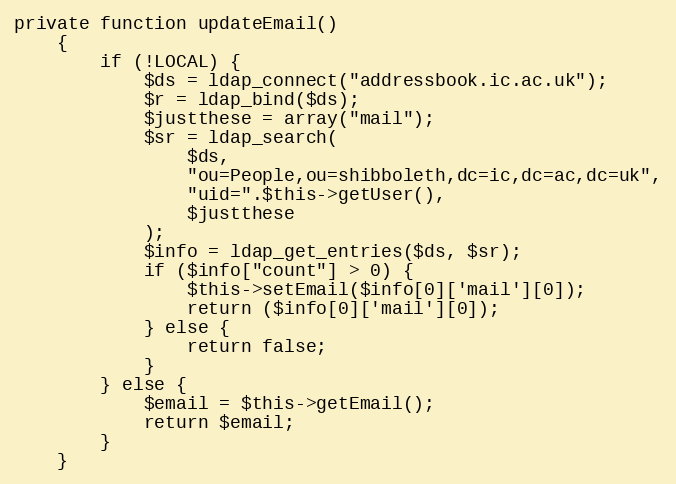
Language: PHP
private function updateEmail()
    {
        if (!LOCAL) {
            $ds = ldap_connect("addressbook.ic.ac.uk");
            $r = ldap_bind($ds);
            $justthese = array("mail");
            $sr = ldap_search(
                $ds,
                "ou=People,ou=shibboleth,dc=ic,dc=ac,dc=uk",
                "uid=".$this->getUser(),
                $justthese
            );
            $info = ldap_get_entries($ds, $sr);
            if ($info["count"] > 0) {
                $this->setEmail($info[0]['mail'][0]);
                return ($info[0]['mail'][0]);
            } else {
                return false;
            }
        } else {
            $email = $this->getEmail();
            return $email;
        }
    }